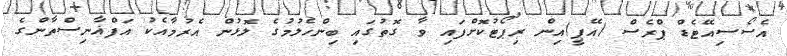
އެސޯސިއޭޓެޑް ޕްރެސް (އޭޕީ)އިން ރިޕޯޓުކޮށްފައި ވާ ގޮތުގައި ބިންހެލުމުގެ ލޮޅުން އެރުމާއެކު އަފްޣާނިސްތާންގެ